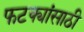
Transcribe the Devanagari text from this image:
फटक्यांसाठी